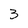
Character: 3